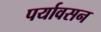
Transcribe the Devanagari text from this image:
पर्यावसन